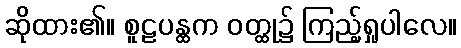
ဆိုထား၏။ စူဠပန္ထက ဝတ္ထု၌ ကြည့်ရှုပါလေ။